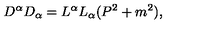
D ^ { \alpha } D _ { \alpha } = L ^ { \alpha } L _ { \alpha } ( P ^ { 2 } + m ^ { 2 } ) ,